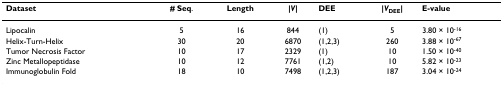
<table><thead><tr><td><b>Dataset</b></td><td><b># Seq.</b></td><td><b>Length</b></td><td><b>|<i>V</i>|</b></td><td><b>DEE</b></td><td><b>|<i>V</i><sub>DEE</sub>|</b></td><td><b>E-value</b></td></tr></thead><tbody><tr><td>Lipocalin</td><td>5</td><td>16</td><td>844</td><td>(1)</td><td>5</td><td>3.80 × 10<sup>-16</sup></td></tr><tr><td>Helix-Turn-Helix</td><td>30</td><td>20</td><td>6870</td><td>(1,2,3)</td><td>260</td><td>3.88 × 10<sup>-67</sup></td></tr><tr><td>Tumor Necrosis Factor</td><td>10</td><td>17</td><td>2329</td><td>(1)</td><td>10</td><td>1.50 × 10<sup>-40</sup></td></tr><tr><td>Zinc Metallopeptidase</td><td>10</td><td>12</td><td>7761</td><td>(1,2)</td><td>10</td><td>5.82 × 10<sup>-23</sup></td></tr><tr><td>Immunoglobulin Fold</td><td>18</td><td>10</td><td>7498</td><td>(1,2,3)</td><td>187</td><td>3.04 × 10<sup>-24</sup></td></tr></tbody></table>